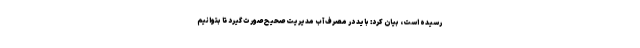
رسیده است، بیان کرد: باید در مصرف آب مدیریت صحیح صورت گیرد تا بتوانیم